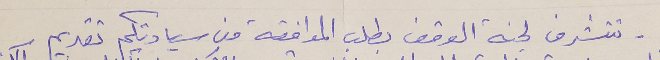
- تتشرف لجنة الوقف بطلب الموافقة من سيادتكم تقديم